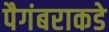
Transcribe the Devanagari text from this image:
पैगंबराकडे